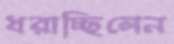
ধরাচ্ছিলেন